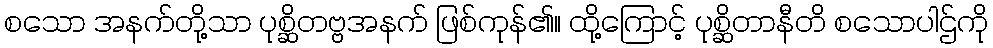
စသော အနက်တို့သာ ပုစ္ဆိတဗ္ဗအနက် ဖြစ်ကုန်၏။ ထို့ကြောင့် ပုစ္ဆိတာနီတိ စသောပါဌ်ကို